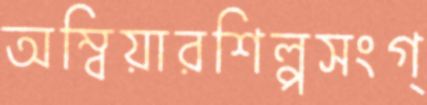
অম্বিয়ারশিল্পসংগ্